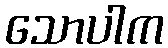
သောပါက